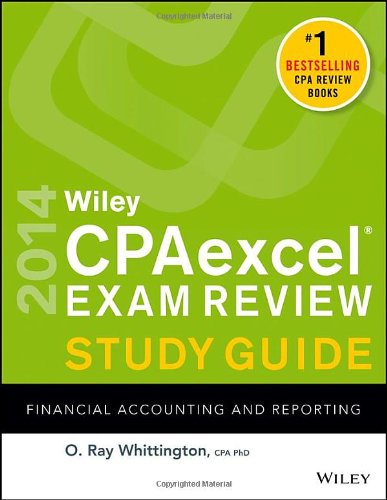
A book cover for Wiley CPAexcel Exam Review 2014 Study Guide, Financial Accounting and Reporting; O. Ray Whittington; Test Preparation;